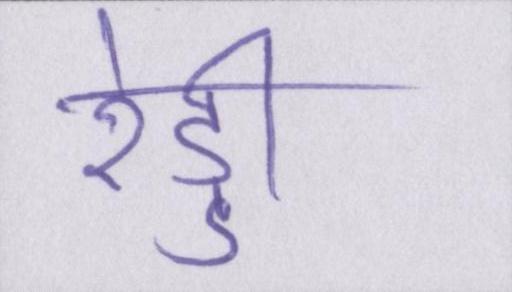
रेड्डी